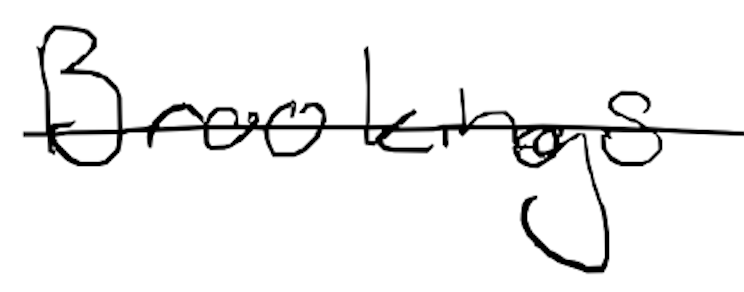
Text: Brookings
Cross-out: single-line
Writing tool: digital_black